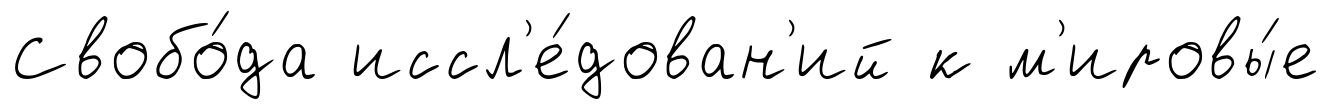
Свобо́да иссл'е́дован'ий к м'ировы́е